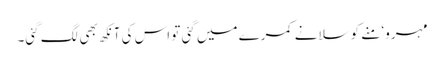
مہرو‘ منے کو سلانے کمرے میں گئی تو اس کی آنکھ بھی لگ گئی۔